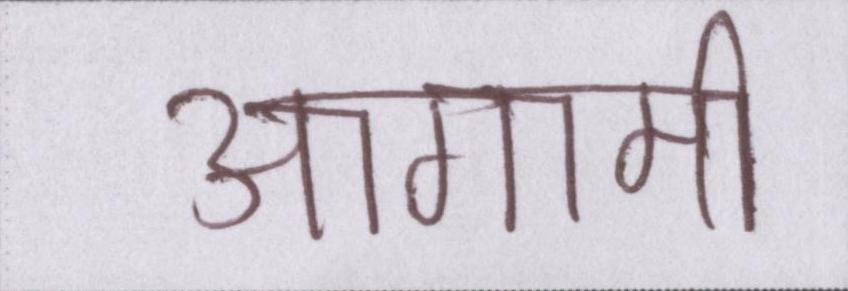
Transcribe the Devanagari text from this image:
आगामी